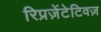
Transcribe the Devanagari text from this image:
रिप्रज़ेंटेटिवज़